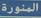
المنورة